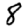
Digit: 8